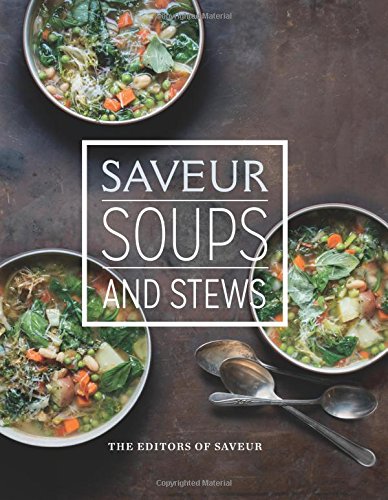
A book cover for Saveur: Essential Soups & Stews; The Editors of Saveur; Cookbooks, Food & Wine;